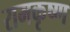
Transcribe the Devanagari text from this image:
रामकृष्‍ण